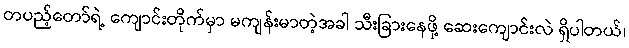
တပည့်တော်ရဲ့ ကျောင်းတိုက်မှာ မကျန်းမာတဲ့အခါ သီးခြားနေဖို့ ဆေးကျောင်းလဲ ရှိပါတယ်၊